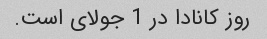
روز کانادا در 1 جولای است.